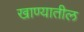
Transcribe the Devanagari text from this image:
खाण्यातील